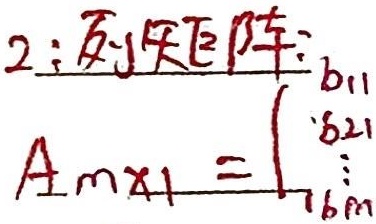
2：列矩阵：\(A_{m\times1}=\begin{pmatrix}
b_{11}\\
b_{21}\\
\vdots\\
b_{m1}
\end{pmatrix}\)